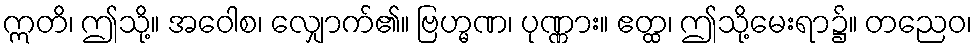
ဣတိ၊ ဤသို့။ အဝေါစ၊ လျှောက်၏။ ဗြဟ္မဏ၊ ပုဏ္ဏား။ ဧတ္ထ၊ ဤသို့မေးရာ၌။ တညေဝ၊